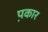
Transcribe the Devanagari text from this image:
प़कार